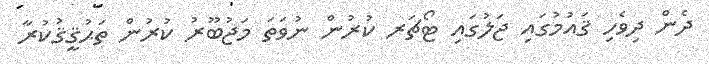
ދެން ދިވެހި ޤައުމުގައި ޖަލުގައި ޓޯޗަރ ކުރުން ނުވަތަ މަޖުބޫރު ކުރުން ތަޙުޤީޤުކުރާ